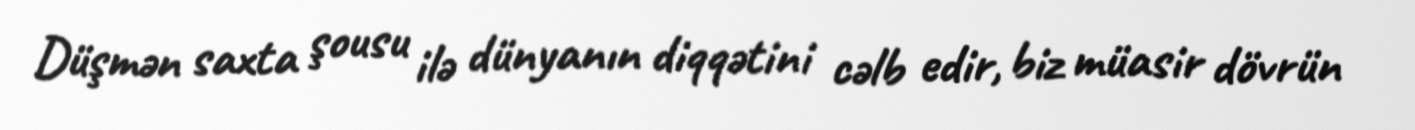
Düşmən saxta şousu ilə dünyanın diqqətini cəlb edir, biz müasir dövrün